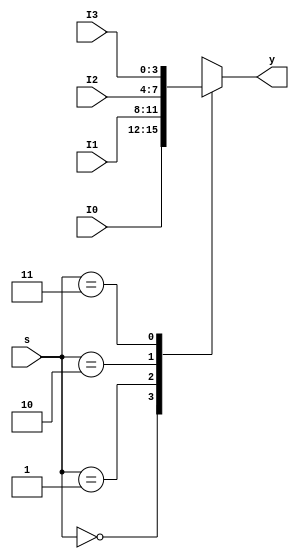
`timescale 1ns / 1ps




module mux4_1(
    input [3:0] I0,
    input [3:0] I1,
    input [3:0] I2,
    input [3:0] I3,
    input [1:0] s,
    output reg [3:0] y
    );
    
   always @(*)
   begin
   case(s)
   2'b00:y=I0;
   2'b01:y=I1;
   2'b10:y=I2;
   2'b11:y=I3;
   endcase
    end
endmodule